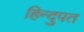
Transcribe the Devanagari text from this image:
हिन्दुपत